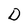
Character: D